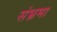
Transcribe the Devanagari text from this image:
संभ्रमा